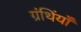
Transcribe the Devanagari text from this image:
ग्रंथिंयाँ